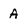
Character: A